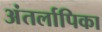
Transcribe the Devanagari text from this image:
अंतर्लापिका